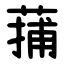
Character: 蒱